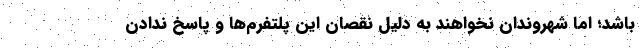
باشد؛ اما شهروندان نخواهند به دلیل نقصان این پلتفرم‌ها و پاسخ ندادن